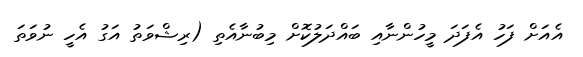
އެއަށް ފަހު އެފަދަ މީހުންނާއި ބައްދަލުކޮށް މިބުނާއެތި (ރިޝްވަތު އަގު އެހީ ނުވަތަ